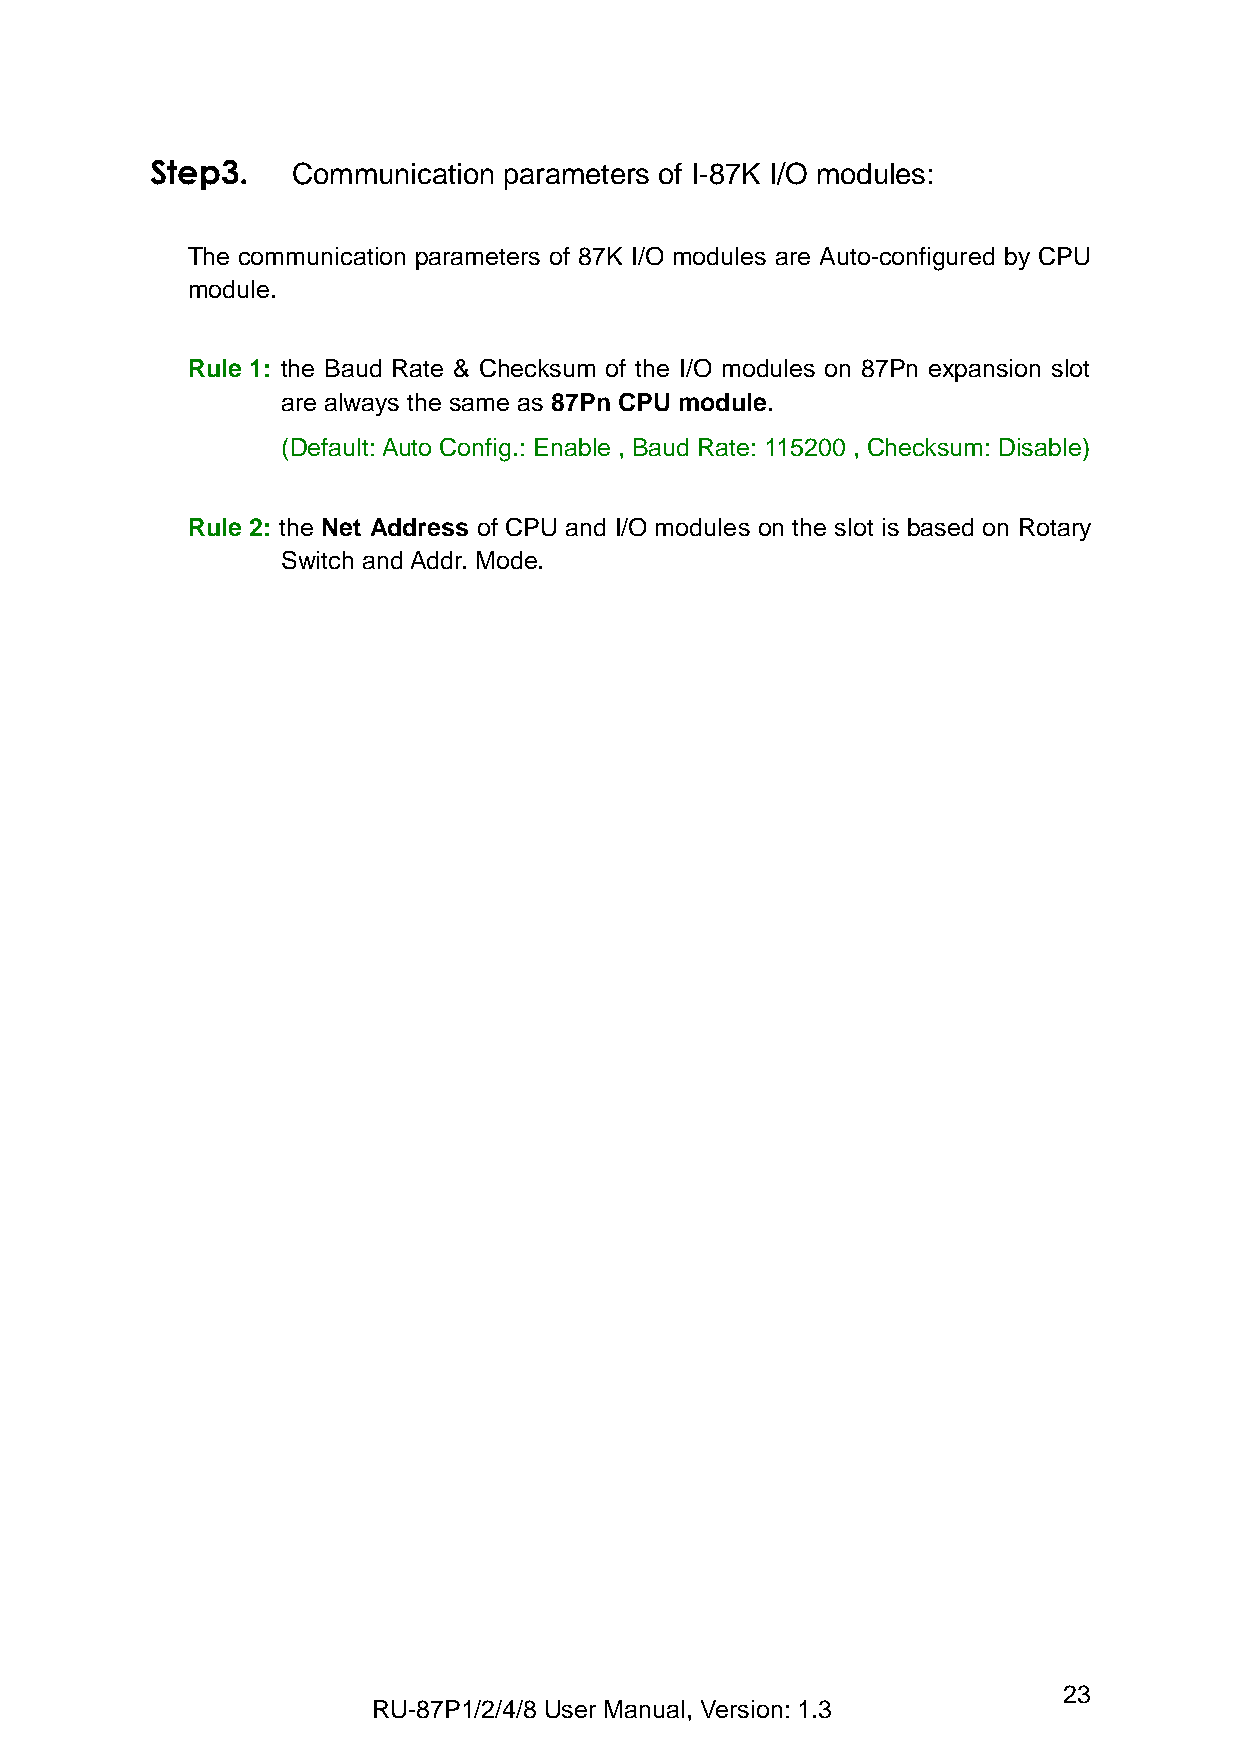
Step3.   Communication parameters of I-87K I/O modules:
 The communication parameters of 87K I/O modules are Auto-configured by CPU
 module.
 Rule 1: the Baud Rate & Checksum of the I/O modules on 87Pn expansion slot
 are always the same as 87Pn CPU module.
 (Default: Auto Config.: Enable , Baud Rate: 115200 , Checksum: Disable)
 Rule 2: the Net Address of CPU and I/O modules on the slot is based on Rotary
 Switch and Addr. Mode.
 23
 RU-87P1/2/4/8 User Manual, Version: 1.3